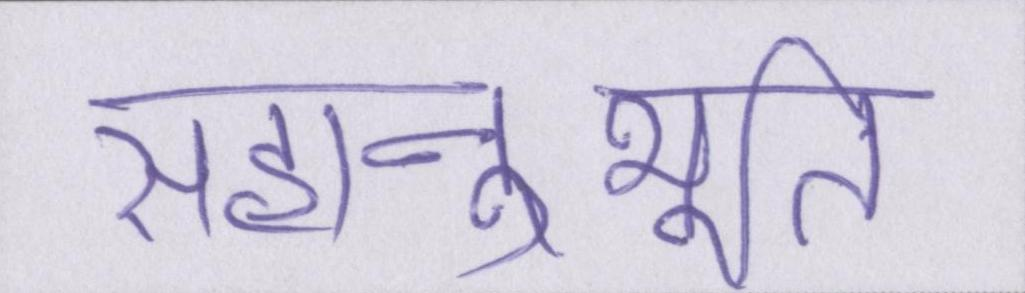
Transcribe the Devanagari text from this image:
सहानुभूति